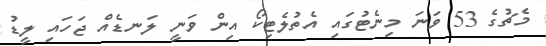
މެޗުގެ 53 ވަނަ މިނެޓުގައި އެތުލެޓިކޯ އިން ވަނީ ލަނޑެއް ޖަހައި ލީޑު